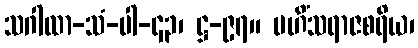
သဂါထာ-သံ-ပါ-၄၃၊ ဋ္ဌ-၉၇။ မဟိံသရာဇစရိယ၊